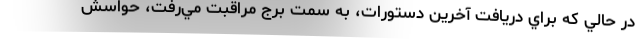
در حالي كه براي دريافت آخرين دستورات، به سمت برج مراقبت مي‌رفت، حواسش